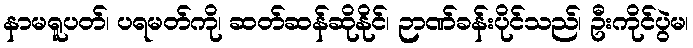
နာမရူပတ်၊ ပရမတ်ကို၊ ဆတ်ဆန်ဆိုနိုင်၊ ဉာဏ်ခန်းပိုင်သည်၊ ဦးကိုင်ပွဲမ၊